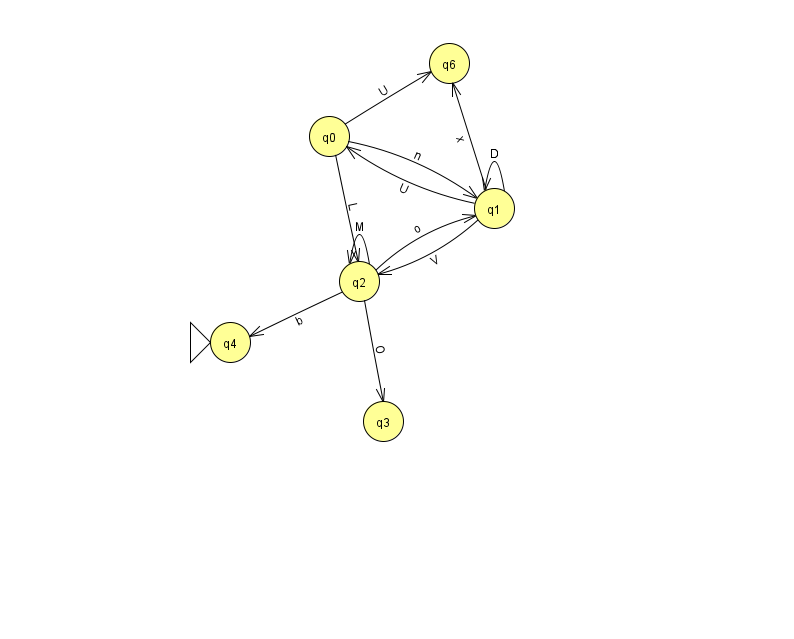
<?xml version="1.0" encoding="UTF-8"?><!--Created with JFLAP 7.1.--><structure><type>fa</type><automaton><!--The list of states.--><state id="0" name="q0"><x>329.0</x><y>123.0</y></state><state id="1" name="q1"><x>494.0</x><y>195.0</y></state><state id="2" name="q2"><x>359.0</x><y>268.0</y></state><state id="3" name="q3"><x>383.0</x><y>408.0</y></state><state id="4" name="q4"><x>230.0</x><y>329.0</y><initial/></state><state id="6" name="q6"><x>449.0</x><y>50.0</y></state><!--The list of transitions.--><transition><from>2</from><to>3</to><read>O</read></transition><transition><from>0</from><to>6</to><read>U</read></transition><transition><from>1</from><to>0</to><read>U</read></transition><transition><from>1</from><to>1</to><read>D</read></transition><transition><from>2</from><to>4</to><read>b</read></transition><transition><from>1</from><to>2</to><read>V</read></transition><transition><from>0</from><to>1</to><read>n</read></transition><transition><from>0</from><to>2</to><read>L</read></transition><transition><from>1</from><to>6</to><read>x</read></transition><transition><from>2</from><to>1</to><read>o</read></transition><transition><from>2</from><to>2</to><read>M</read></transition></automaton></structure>